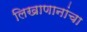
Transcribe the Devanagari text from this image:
लिखाणानांचा